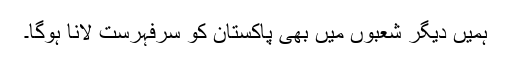
ہمیں دیگر شعبوں میں بھی پاکستان کو سرفہرست لانا ہوگا۔